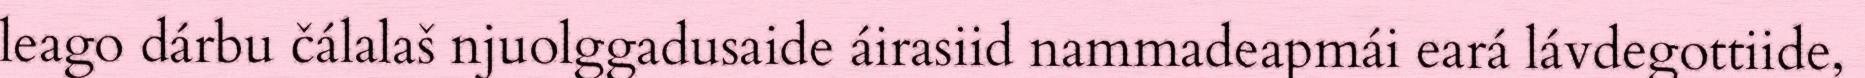
leago dárbu čálalaš njuolggadusaide áirasiid nammadeapmái eará lávdegottiide,